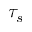
\tau _ { s }